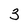
Character: 3